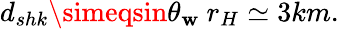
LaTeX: d_{shk}\simeqsin\theta_{\mathbf{w}}~r_{H}\simeq3km.